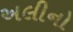
અલીનો